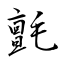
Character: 氈